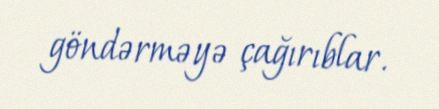
göndərməyə çağırıblar.